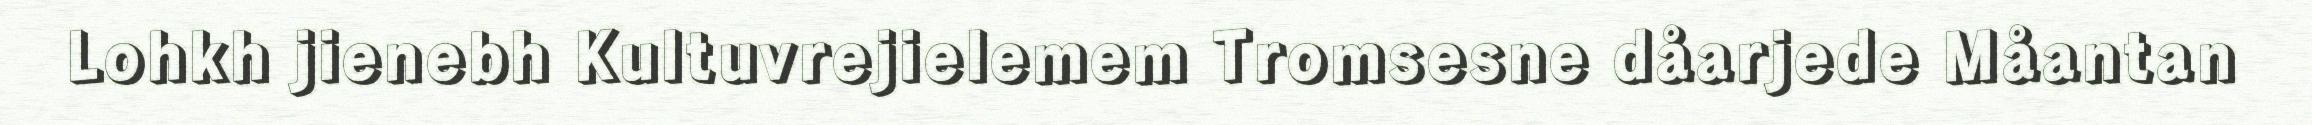
Lohkh jienebh Kultuvrejielemem Tromsesne dåarjede Måantan